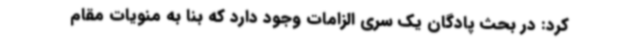
کرد: در بحث پادگان یک سری الزامات وجود دارد که بنا به منویات مقام